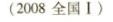
(2008全国Ⅰ)